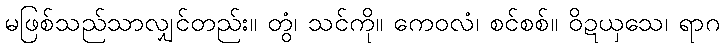
မဖြစ်သည်သာလျှင်တည်း။ တွံ၊ သင်ကို။ ကေဝလံ၊ စင်စစ်။ ဝိဍယှသေ၊ ရာဂ